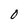
Character: 0